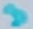
Text: 3